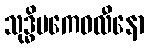
သုဒ္ဓိမကေဝလီနော